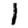
Digit: 1